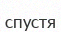
спустя